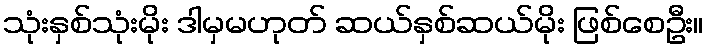
သုံးနှစ်သုံးမိုး ဒါမှမဟုတ် ဆယ်နှစ်ဆယ်မိုး ဖြစ်စေဦး။